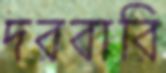
দরবারি